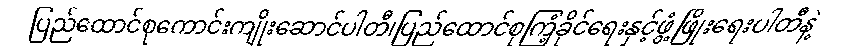
ပြည်ထောင်စုကောင်းကျိုးဆောင်ပါတီ၊ပြည်ထောင်စုကြံ့ခိုင်ရေးနှင့်ဖွံ့ဖြိုးရေးပါတီနဲ့